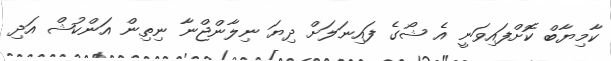
ކާމިޔާބް ކޮށްފައިވަނީ އެ ޝޯގެ ފައިނަލަށް ދިޔަ ނިލާންޖްނާ ނިތިން އަންކުޝް އަދި